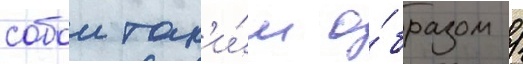
собои так'и́м о́бразом /